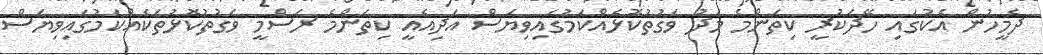
ދެމީހުން އެކުގައި ހޭދަކުރީ ކިތަންމެ މަދު ވަގުތުކޮޅެއްކަމުގައިވިޔަސް އަދިއެއީ ކިތަންމެ ރަސްމީ ވަގުތުކޮޅުތަކެއްކަމުގައިވިޔަސް